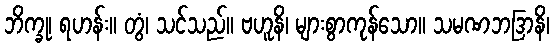
ဘိက္ခု၊ ရဟန်း။ တွံ၊ သင်သည်။ ဗဟူနိ၊ များစွာကုန်သော။ သမဏဘဒြာနိ၊